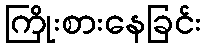
ကြိုးစားနေခြင်း